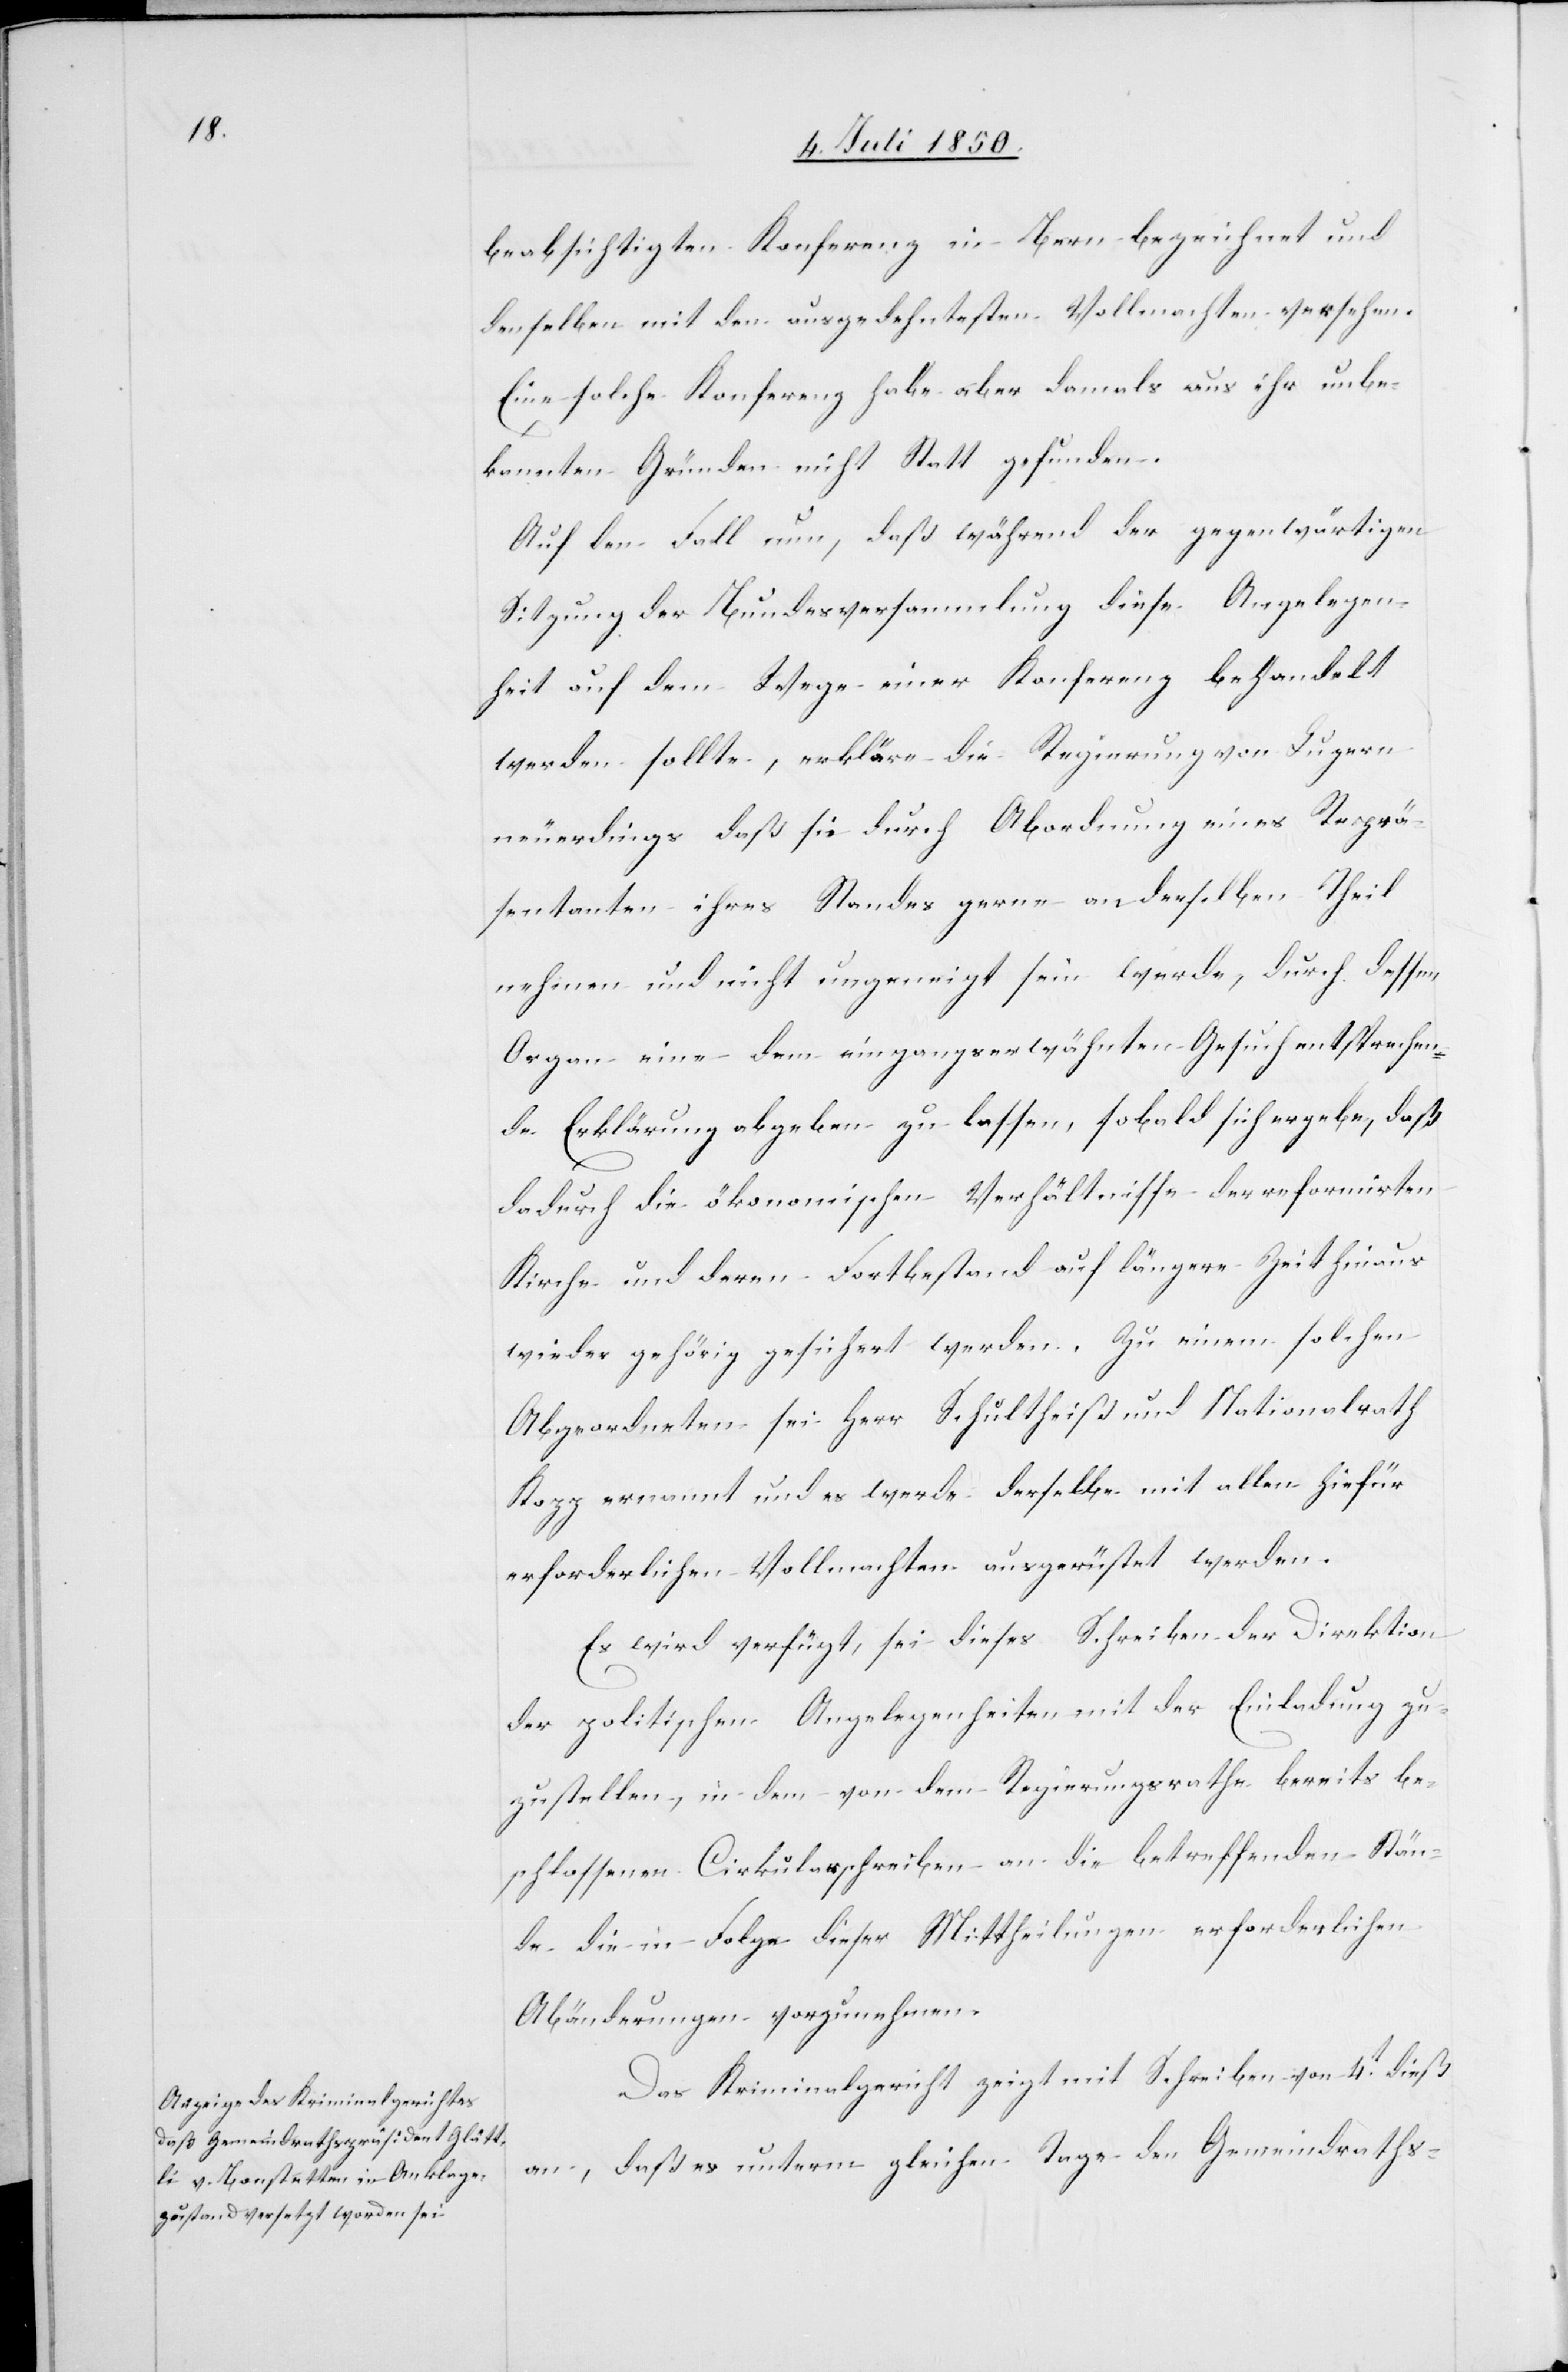
beabsichtigten Konferenz in Bern bezeichnet [recte:
denselben mit den ausgedehntesten Vollmachten [zu] versehen.
Eine solche Konferenz habe aber damals aus ihr unbe¬
kannten Gründen nicht Statt gefunden.
Auf den Fall nun, daß während der gegenwärtigen
Sitzung der Bundesversammlung diese Angelegen¬
heit auf dem Wege einer Konferenz behandelt
werden sollte, erkläre die Regierung von Luzern
neuerdings daß sie durch Abordnung eines Reprä¬
sentanten ihres Standes gerne an derselben Theil
nehmen und nicht ungeneigt sein werde, durch dessen
Organ eine dem eingangserwähnten Gesuch entsprechen¬
de Erklärung abgeben zu lassen, sobald sich ergebe, daß
dadurch die ökonomischen Verhältnisse der reformirten
Kirche und deren Fortbestand auf längere Zeit hinaus
wieder gehörig gesichert werden. Zu einem solchen
Abgeordneten sei Herr Schultheiß und Nationalrath
Kopp ernannt und es werde derselbe mit allen hiefür
erforderlichen Vollmachten ausgerüstet werden.
Es wird verfügt, sei dieses Schreiben der Direktion
der politischen Angelegenheiten mit der Einladung zu¬
zustellen, in dem von dem Regierungsrathe bereits be¬
schlossenen Cirkularschreiben an die betreffenden Stän¬
de die in Folge dieser Mittheilungen erforderlichen
Abänderungen vorzunehmen.
Das Kriminalgericht zeigt mit Schreiben von 4t dieß
an, daß es unterm gleichen Tage den Gemeindraths-